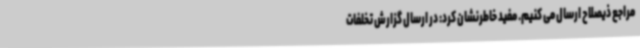
مراجع ذیصلاح ارسال می کنیم. مفید خاطرنشان کرد: در ارسال گزارش تخلفات